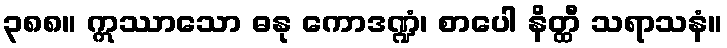
၃၈၈။ ဣဿာသော ဓနု ကောဒဏ္ဍံ၊ စာပေါ နိတ္ထီ သရာသနံ။